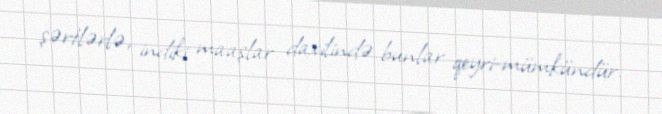
şərtlərlə, indiki maaşlar daxilində bunlar qeyri-mümkündür.